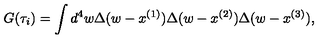
G ( \tau _ { i } ) = \int d ^ { 4 } w \Delta ( w - x ^ { ( 1 ) } ) \Delta ( w - x ^ { ( 2 ) } ) \Delta ( w - x ^ { ( 3 ) } ) ,